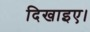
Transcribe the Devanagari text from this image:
दिखाइए।